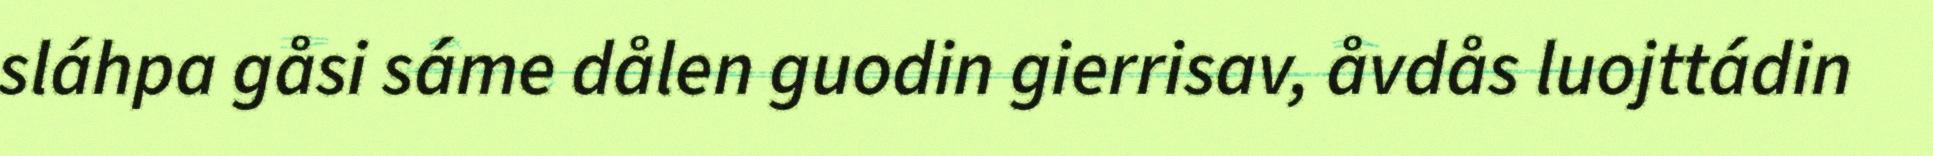
sláhpa gåsi sáme dålen guodin gierrisav, åvdås luojttádin